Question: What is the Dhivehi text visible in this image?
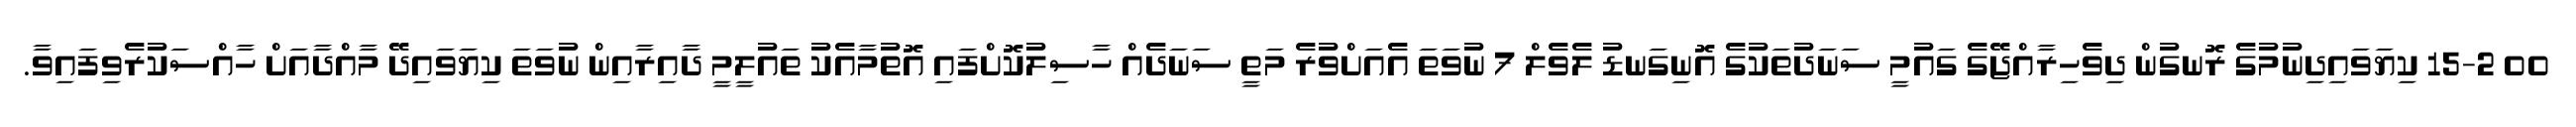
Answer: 00 15-2 ކިޔަވައިދިނުމުގެ ރޮނގުން ދިވެހިރާއްޖޭގެ ގައުމީ ސަނަދުތަކުގެ އޮނިގަނޑު ލެވެލް 7 ނުވަތަ އެއަށްވުރެ މަތީ ސަނަދެއް ހާސިލުކޮށްފައި އޮތުމާއެކު ތައުލީމީ ދާއިރާއިން ނުވަތަ ކިޔަވައިދޭ މާއްދާއަށް ހާއްސަކުރެވިފައިވާ.